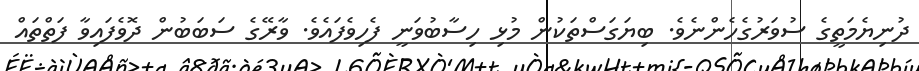
ދުނިޔެމަތީގެ ސުވަރުގެހެންނެވެ. ބިޔަގަސްތަކުން މުޅި ހިސާބުވަނީ ފެހިވެފައެވެ. ވާރޭގެ ސަބަބުން ދޮވެފައިވާ ފަތްތައް